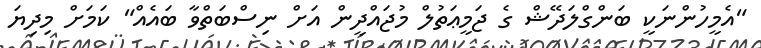
"އެމީހުންނަކީ ބަންގްލަދޭޝް ގެ ޖަމީޢަތުލް މުޖައްދީން އަށް ނިސްބަތްވާ ބައެއް" ކަމަށް މިދިޔަ